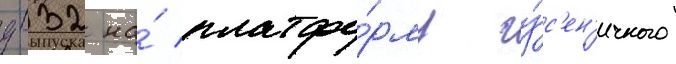
д-32 на́ платфо́рму гу́с'ен'ичного